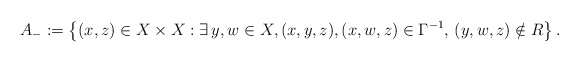
\begin{align*}A_{-} : = \left\{ (x,z) \in X\times X : \exists \, y, w \in X, (x,y,z), (x,w,z) \in \Gamma^{-1}, \, (y,w,z) \notin R \right\}.\end{align*}